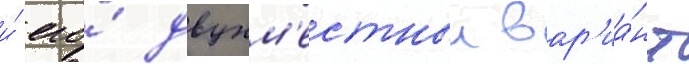
и́ его́ двухм'естныи вар'иа́нт